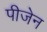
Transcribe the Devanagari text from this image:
पीजेन